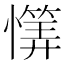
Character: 𱟕